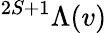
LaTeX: ^{2S+1}\Lambda(v)